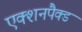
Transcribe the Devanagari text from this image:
एक्शनपैक्ड